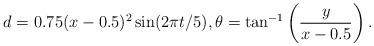
LaTeX: \begin{align*}d = 0.75(x-0.5)^2 \sin(2\pi t/5) ,\theta = \tan^{-1}\left(\frac{y}{x-0.5}\right).\end{align*}